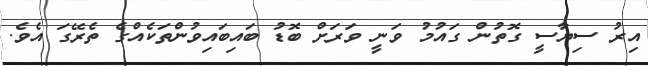
އިރު ސިޔާސީ ގޮތުން ގައުމު ވަނީ ވަރަށް ބޮޑު ބައިބައިވުންތަކެއްގެ ތެރޭގަ އެވެ.